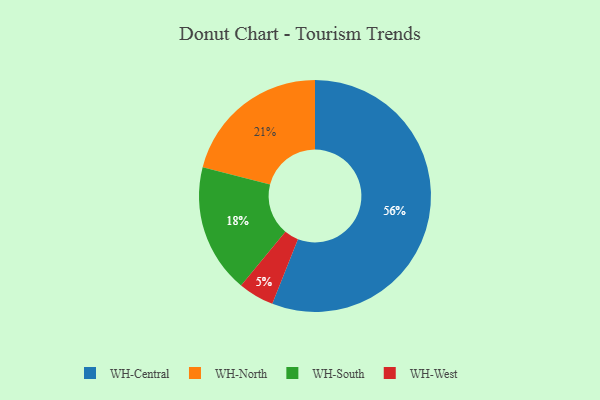
{"axis": {"x": "Category", "y": "Percentage"}, "legend": ["WH-Central", "WH-North", "WH-South", "WH-West"], "data": [{"x": "WH-North", "y": 21, "type": "WH-North"}, {"x": "WH-West", "y": 5, "type": "WH-West"}, {"x": "WH-Central", "y": 56, "type": "WH-Central"}, {"x": "WH-South", "y": 18, "type": "WH-South"}]}